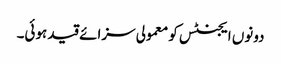
دونوں ایجنٹس کو معمولی سزائے قید ہوئی۔